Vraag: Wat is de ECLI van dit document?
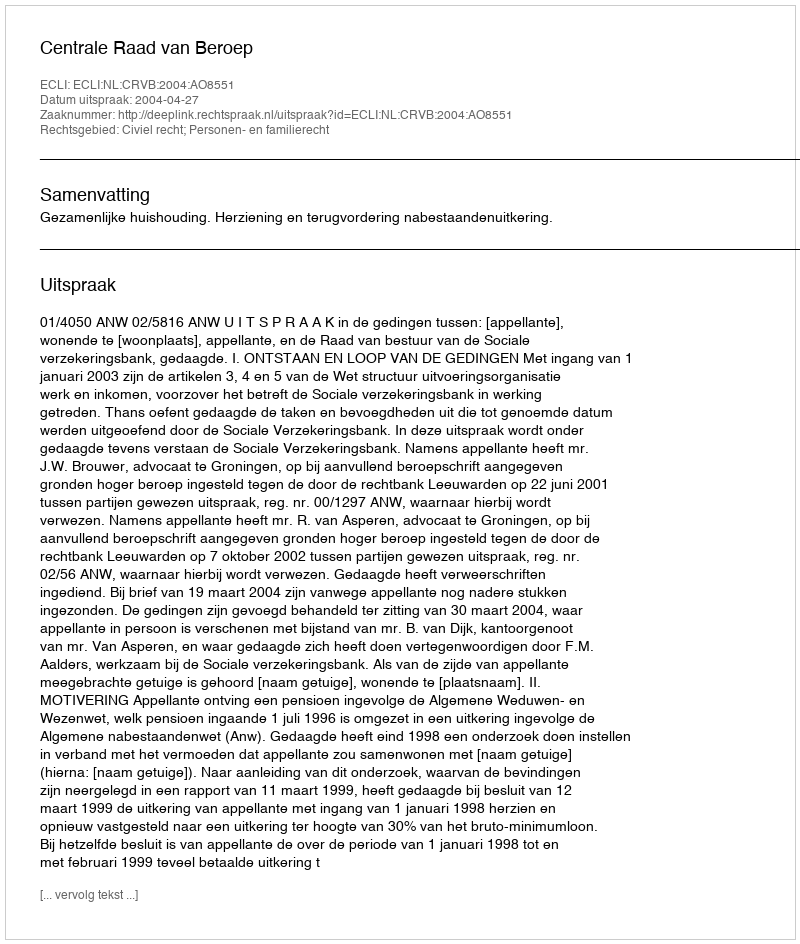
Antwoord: ECLI:NL:CRVB:2004:AO8551